system: You are a helpful assistant.
user:
Analyze the provided spectrum to determine if it is a **S-type Star**.

- **Key Indicators for S-type Star:**

    - **(Overall Spectrum Shape):** The first and most obvious characteristic is the overall continuum (the "baseline" shape). It is **extremely "red-sloping,"** meaning the flux (light intensity) is very low on the left side (blue, ~4000-4500 Å) and rises steeply and continuously toward the right side (red, ~7000 Å+).

    - **(Primary):** The spectrum is defined by the presence of strong, broad molecular absorption "valleys" (bands) from **Zirconium Oxide (ZrO)**. The identification of these bands is the **primary requirement** for classifying a star as S-type.
        - **(Key Bandheads):** You must find distinct, deep "dips" where the light has been absorbed. The most critical band systems to locate are:
            - **~6474 Å** ($\gamma$-system): This is often the strongest and clearest ZrO feature, found in the red part of the spectrum.
            - **~5718 Å** & **~5551 Å** ($\beta$-system): A pair of prominent absorption features in the yellow-orange part of the spectrum.
            - **~4640 Å** ($\alpha$-system): A key absorption band system in the blue-green region of the spectrum.

    - **(Secondary Confirmation):** The classification is strengthened by finding additional absorption bands from other related heavy element oxides, which are expected to be present alongside ZrO.
        - **(Key Bandheads):**
            - **Yttrium Oxide (YO):** Look for absorption dips near **~4800 Å** and **~6100 Å**.
            - **Lanthanum Oxide (LaO):** Additional absorption features, particularly in the red-orange part of the spectrum, are also characteristic.

    - **(Line Profile):** The combination of the steep red continuum and these numerous, deep molecular bands (ZrO, YO, etc.) gives the entire spectrum a very **"chopped-up"** or **"bumpy"** appearance. Instead of a smooth curve, the spectrum looks as though large, wide chunks of light have been "carved out" of it at the specific wavelengths listed above.

Think first, call **spectral_visualization_tool** if needed to examine features in detail, then provide your final answer. Your response must adhere to the following strict rules:
1.  **Overall Structure:** Your response must follow the format `<think>...</think> <tool_call>...</tool_call> (if a tool is used) <answer>...</answer>`.
2.  **Tool Usage Constraint:** You may only make **one** tool call per turn.
3.  **Final Answer Format:** In the `<answer>` tag, your conclusion must be inside a `\boxed{}` command (e.g., `\boxed{YES}` or `\boxed{NO}`), followed by your justification.

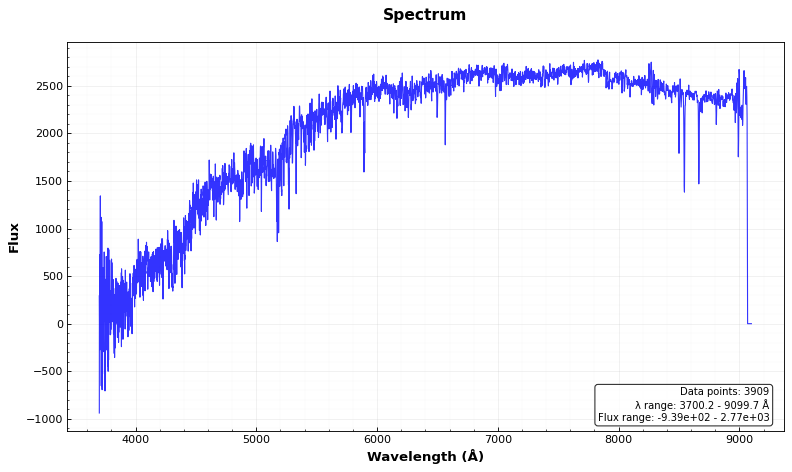
Answer: NO